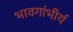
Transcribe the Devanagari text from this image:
भावगांभीर्य